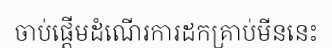
ចាប់ផ្តើមដំណើរការដកគ្រាប់មីននេះ